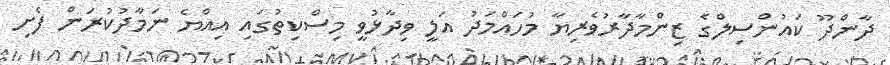
ދާންދޫ ކައުންސިލްގެ ޒިންމާދާރުވެރިޔާ މުހައްމަދު އަލީ ވިދާޅުވީ މިސްކިތުގައި އިއްޔެ ނަމާދުކުރަން ފެށި